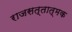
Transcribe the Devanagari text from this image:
राजसत्तात्मक